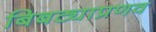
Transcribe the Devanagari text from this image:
बिबट्याप्रणव